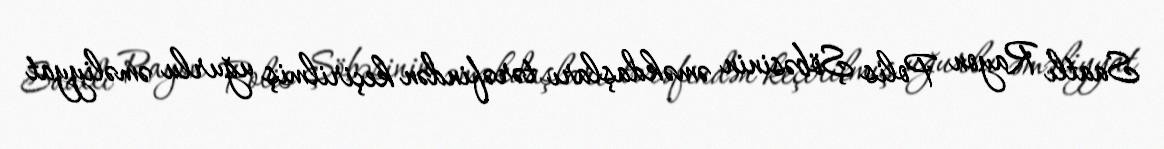
Saatlı Rayon Polis Şöbəsinin əməkdaşları tərəfindən keçirilmiş uğurlu əməliyyat